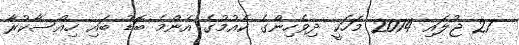
27 ޖުލައި 2014 މަހަކީ ދިވެހިންގެ ކެއުމުގެ އެންމެ ބޮޑު ބައި ހިއްސާކުރާ